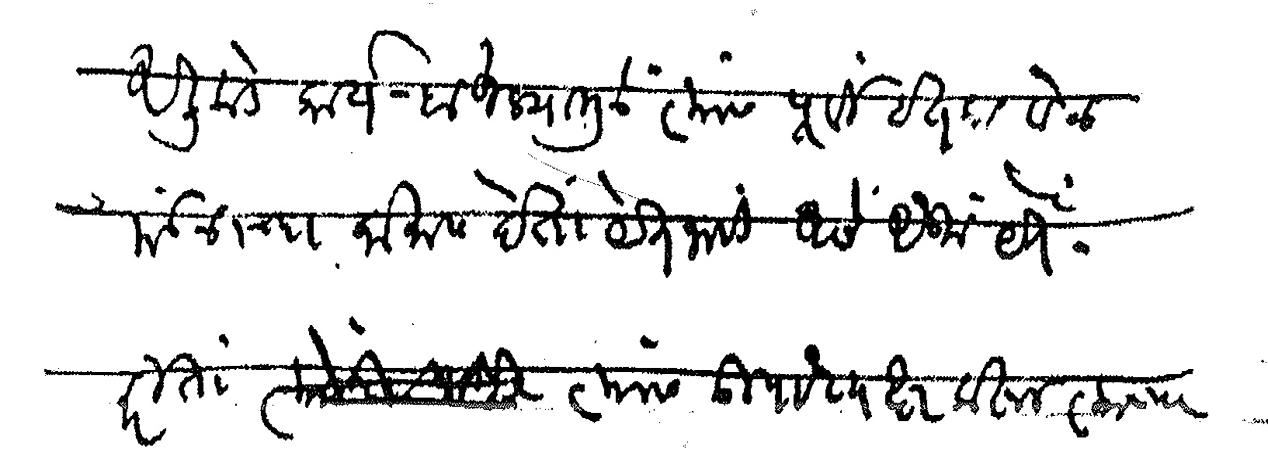
Transliteration (Devanagari): अलीकडे कार्य बाहुल्यामुळे त्यांस पूर्वी इतका वेळ मंडळाच्या कामास देता येत नाही असे ऐकू येते करिता त्यांस उपाध्यक्ष करून त्यांच्या